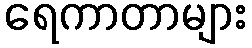
ရေကာတာများ